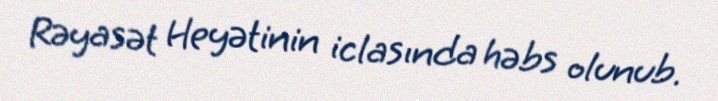
Rəyasət Heyətinin iclasında həbs olunub.